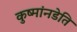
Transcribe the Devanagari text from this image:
कुष्मांनडेति